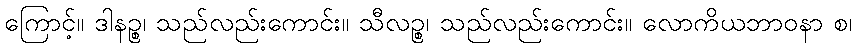
ကြောင့်။ ဒါနဉ္စ၊ သည်လည်းကောင်း။ သီလဉ္စ၊ သည်လည်းကောင်း။ လောကိယဘာဝနာ စ၊